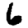
Digit: 6